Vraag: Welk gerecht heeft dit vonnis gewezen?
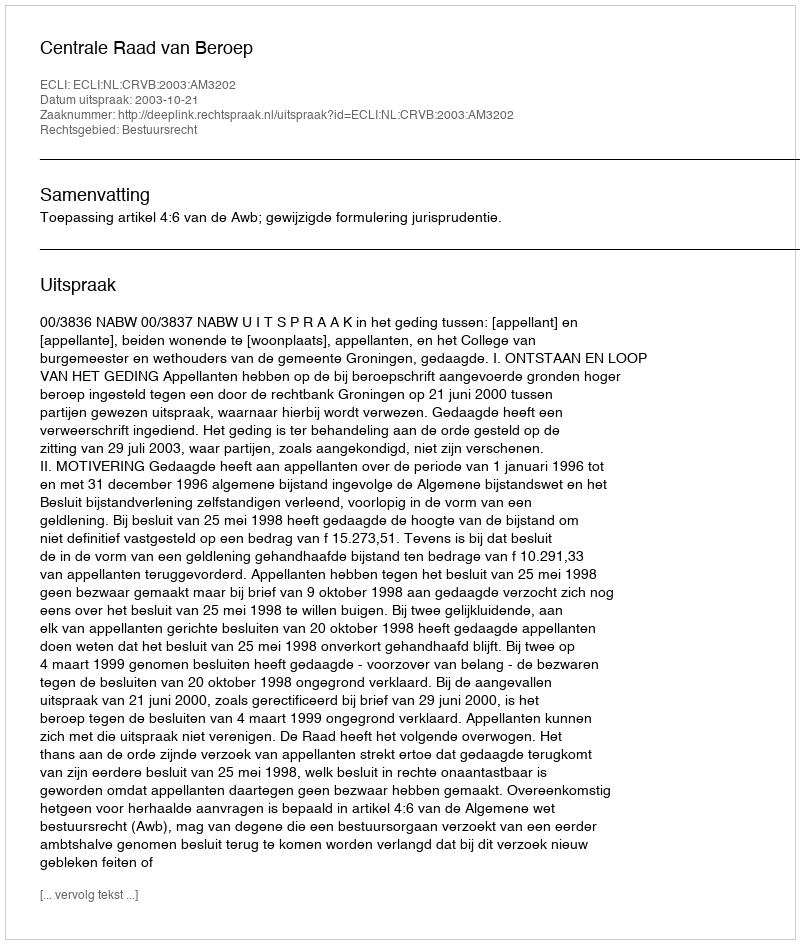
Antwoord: Centrale Raad van Beroep